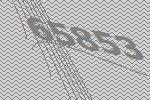
65853